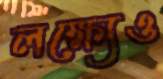
লক্ষ্যেও